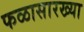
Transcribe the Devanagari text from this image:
फळासारख्या